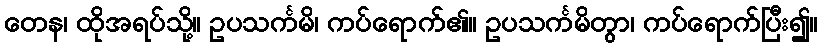
တေန၊ ထိုအရပ်သို့။ ဥပသင်္ကမိ၊ ကပ်ရောက်၏။ ဥပသင်္ကမိတွာ၊ ကပ်ရောက်ပြီး၍။